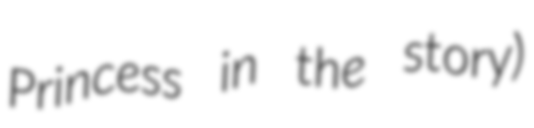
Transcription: Princess in the story)